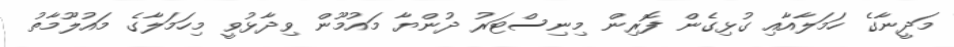
މަދީނާގެ ހަމަލާއާއި ގުޅިގެން ފޮރިން މިނިސްޓަރު ދުންޔާ މައުމޫން ވިދާޅުވީ މިހަމަލާގެ މައުލޫމާތު